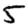
Digit: 5